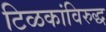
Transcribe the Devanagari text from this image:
टिळकांविरुद्ध